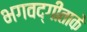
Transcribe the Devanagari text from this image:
भगवद्गीताके